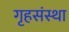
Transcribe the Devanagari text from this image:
गृहसंस्था